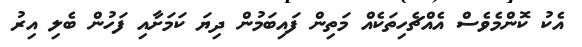
އެކު ކޮންމެވެސް އެއްޗެހިތަކެއް މަތިން ފައިބަމުން ދިޔަ ކަމަށާއި ފަހުން ބެލި އިރު